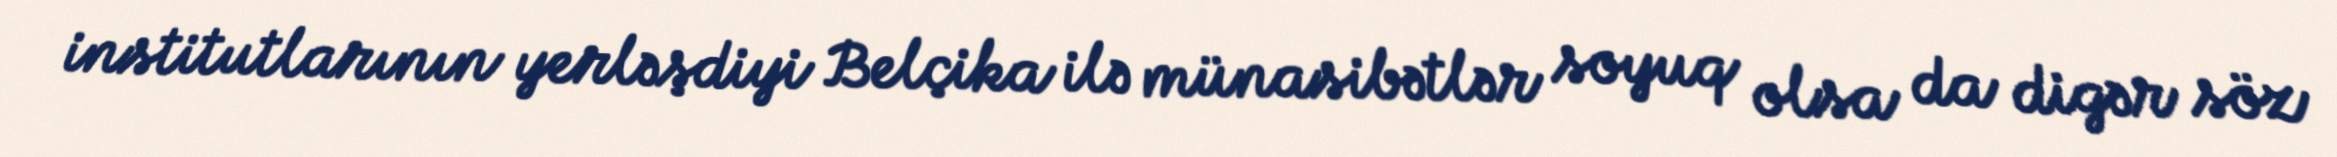
institutlarının yerləşdiyi Belçika ilə münasibətlər soyuq olsa da digər söz